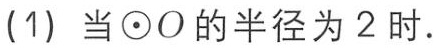
(1) 当$\odot O$的半径为$2$时.